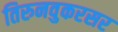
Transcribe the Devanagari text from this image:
तिरुनवुकरसर